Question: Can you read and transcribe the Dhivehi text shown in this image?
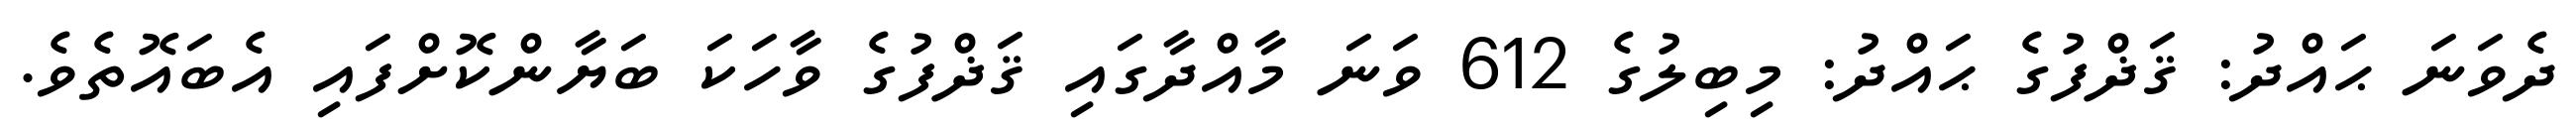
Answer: ދެވަނަ ޙައްދު: ޤަޛްފުގެ ޙައްދު: މިބިލުގެ 612 ވަނަ މާއްދާގައި ޤަޛްފުގެ ވާހަކަ ބަޔާންކޮށްފައި އެބައޮތެވެ.